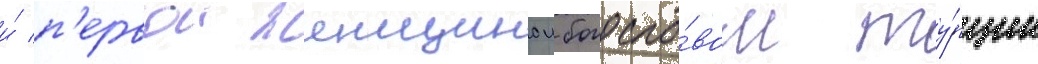
и́ п'ервои женщинои-богосло́вом ту́рции